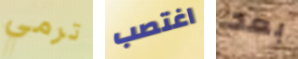
ترمي اغتصب بعد